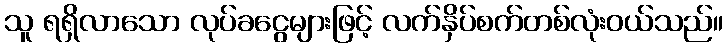
သူ ရရှိလာသော လုပ်ခငွေများဖြင့် လက်နှိပ်စက်တစ်လုံးဝယ်သည်။